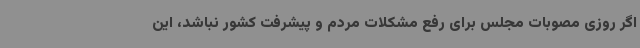
اگر روزی مصوبات مجلس برای رفع مشکلات مردم و پیشرفت کشور نباشد، این